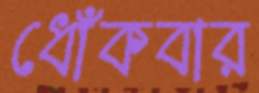
ধোঁকবার